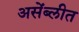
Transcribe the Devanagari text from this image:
असेंब्लीत